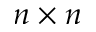
n \times n